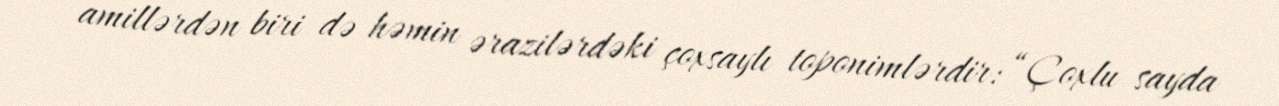
amillərdən biri də həmin ərazilərdəki çoxsaylı toponimlərdir: “Çoxlu sayda